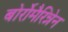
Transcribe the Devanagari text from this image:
बोर्रोमैरिन्नेन